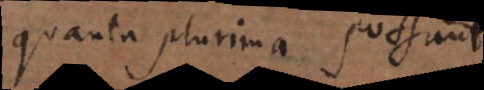
quanta plurima possunt